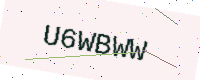
Text: U6WBWW